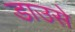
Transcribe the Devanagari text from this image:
डाउसे